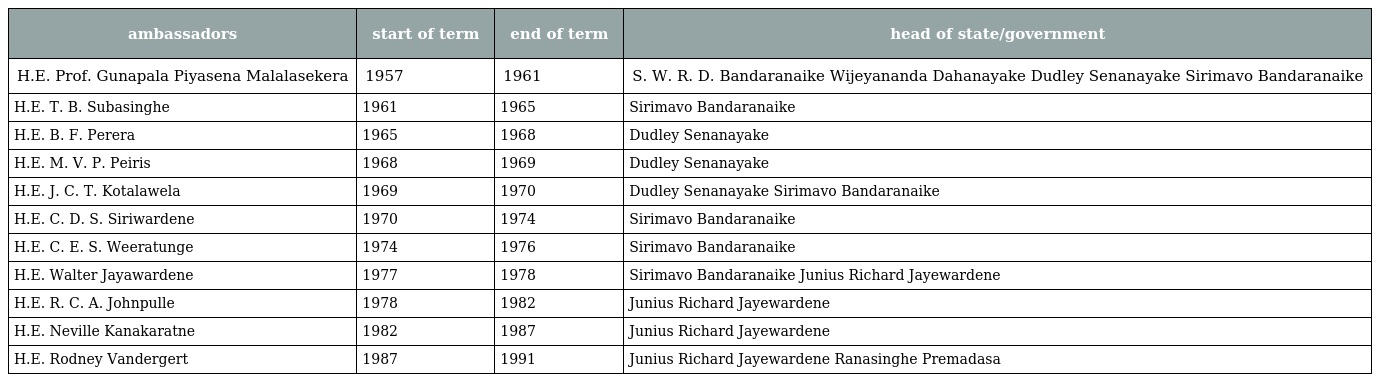
| ambassadors | start of term | end of term | head of state/government |
 | --- | --- | --- | --- |
 | H.E. Prof. Gunapala Piyasena Malalasekera | 1957 | 1961 | S. W. R. D. Bandaranaike Wijeyananda Dahanayake Dudley Senanayake Sirimavo Bandaranaike |
 | H.E. T. B. Subasinghe | 1961 | 1965 | Sirimavo Bandaranaike |
 | H.E. B. F. Perera | 1965 | 1968 | Dudley Senanayake |
 | H.E. M. V. P. Peiris | 1968 | 1969 | Dudley Senanayake |
 | H.E. J. C. T. Kotalawela | 1969 | 1970 | Dudley Senanayake Sirimavo Bandaranaike |
 | H.E. C. D. S. Siriwardene | 1970 | 1974 | Sirimavo Bandaranaike |
 | H.E. C. E. S. Weeratunge | 1974 | 1976 | Sirimavo Bandaranaike |
 | H.E. Walter Jayawardene | 1977 | 1978 | Sirimavo Bandaranaike Junius Richard Jayewardene |
 | H.E. R. C. A. Johnpulle | 1978 | 1982 | Junius Richard Jayewardene |
 | H.E. Neville Kanakaratne | 1982 | 1987 | Junius Richard Jayewardene |
 | H.E. Rodney Vandergert | 1987 | 1991 | Junius Richard Jayewardene Ranasinghe Premadasa |